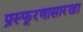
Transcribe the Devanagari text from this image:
प्रस्फूरणासारखा